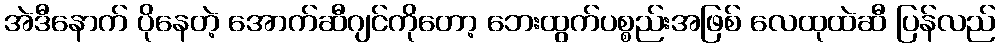
အဲဒီနောက် ပိုနေတဲ့ အောက်ဆီဂျင်ကိုတော့ ဘေးထွက်ပစ္စည်းအဖြစ် လေထုထဲဆီ ပြန်လည်